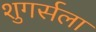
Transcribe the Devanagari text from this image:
शुगर्सला